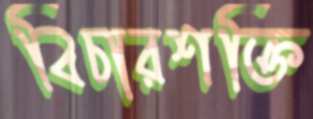
বিচারশক্তি